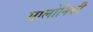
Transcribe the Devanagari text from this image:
सालोनिकी